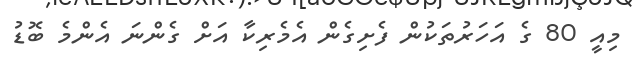
މިއީ 80 ގެ އަހަރުތަކުން ފެށިގެން އެމެރިކާ އަށް ގެންނަ އެންމެ ބޮޑު